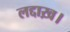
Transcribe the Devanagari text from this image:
लद्दाख़।